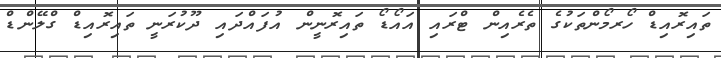
ތައިރޮއިޑް ހޯރމޯންތަކުގެ ތެރެއިން ޓްރައި އައޯޑޯ ތައިރޮނީން އުފައްދައި ދޫކުރަނީ ތައިރޮއިޑް ގްލޭންޑް